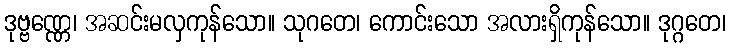
ဒုဗ္ဗဏ္ဏေ၊ အဆင်းမလှကုန်သော။ သုဂတေ၊ ကောင်းသော အလားရှိကုန်သော။ ဒုဂ္ဂတေ၊